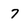
Character: 7